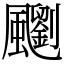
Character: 䬟